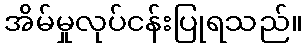
အိမ်မှုလုပ်ငန်းပြုရသည်။